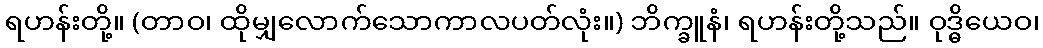
ရဟန်းတို့။ (တာဝ၊ ထိုမျှလောက်သောကာလပတ်လုံး။) ဘိက္ခူနံ၊ ရဟန်းတို့သည်။ ဝုဒ္ဓိယေဝ၊